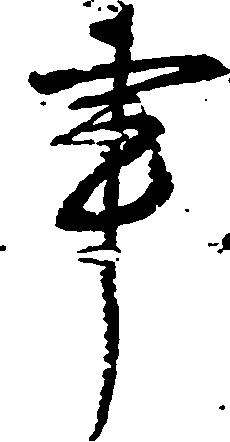
事